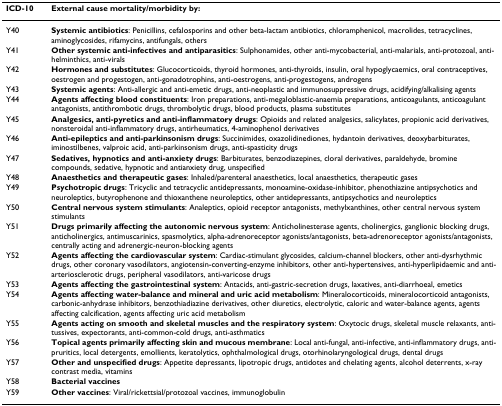
<table><thead><tr><td><b>ICD-10</b></td><td><b>External cause mortality/morbidity by:</b></td></tr></thead><tbody><tr><td>Y40</td><td><b>Systemic antibiotics</b>: Penicillins, cefalosporins and other beta-lactam antibiotics, chloramphenicol, macrolides, tetracyclines, aminoglycosides, rifamycins, antifungals, others</td></tr><tr><td>Y41</td><td><b>Other systemic anti-infectives and antiparasitics</b>: Sulphonamides, other anti-mycobacterial, anti-malarials, anti-protozoal, anti-helminthics, anti-virals</td></tr><tr><td>Y42</td><td><b>Hormones and substitutes</b>: Glucocorticoids, thyroid hormones, anti-thyroids, insulin, oral hypoglycaemics, oral contraceptives, oestrogen and progestogen, anti-gonadotrophins, anti-oestrogens, anti-progestogens, androgens</td></tr><tr><td>Y43</td><td><b>Systemic agents</b>: Anti-allergic and anti-emetic drugs, anti-neoplastic and immunosuppressive drugs, acidifying/alkalising agents</td></tr><tr><td>Y44</td><td><b>Agents affecting blood constituents</b>: Iron preparations, anti-megaloblastic-anaemia preparations, anticoagulants, anticoagulant antagonists, antithrombotic drugs, thrombolytic drugs, blood products, plasma substitutes</td></tr><tr><td>Y45</td><td><b>Analgesics, anti-pyretics and anti-inflammatory drugs</b>: Opioids and related analgesics, salicylates, propionic acid derivatives, nonsteroidal anti-inflammatory drugs, antirheumatics, 4-aminophenol derivatives</td></tr><tr><td>Y46</td><td><b>Anti-epileptics and anti-parkinsonism drugs</b>: Succinimides, oxazolidinediones, hydantoin derivatives, deoxybarbiturates, iminostilbenes, valproic acid, anti-parkinsonism drugs, anti-spasticity drugs</td></tr><tr><td>Y47</td><td><b>Sedatives, hypnotics and anti-anxiety drugs</b>: Barbiturates, benzodiazepines, cloral derivatives, paraldehyde, bromine compounds, sedative, hypnotic and antianxiety drug, unspecified</td></tr><tr><td>Y48</td><td><b>Anaesthetics and therapeutic gases</b>: Inhaled/parenteral anaesthetics, local anaesthetics, therapeutic gases</td></tr><tr><td>Y49</td><td><b>Psychotropic drugs</b>: Tricyclic and tetracyclic antidepressants, monoamine-oxidase-inhibitor, phenothiazine antipsychotics and neuroleptics, butyrophenone and thioxanthene neuroleptics, other antidepressants, antipsychotics and neuroleptics</td></tr><tr><td>Y50</td><td><b>Central nervous system stimulants</b>: Analeptics, opioid receptor antagonists, methylxanthines, other central nervous system stimulants</td></tr><tr><td>Y51</td><td><b>Drugs primarily affecting the autonomic nervous system</b>: Anticholinesterase agents, cholinergics, ganglionic blocking drugs, anticholinergics, antimuscarinics, spasmolytics, alpha-adrenoreceptor agonists/antagonists, beta-adrenoreceptor agonists/antagonists, centrally acting and adrenergic-neuron-blocking agents</td></tr><tr><td>Y52</td><td><b>Agents affecting the cardiovascular system</b>: Cardiac-stimulant glycosides, calcium-channel blockers, other anti-dysrhythmic drugs, other coronary vasodilators, angiotensin-converting-enzyme inhibitors, other anti-hypertensives, anti-hyperlipidaemic and anti-arteriosclerotic drugs, peripheral vasodilators, anti-varicose drugs</td></tr><tr><td>Y53</td><td><b>Agents affecting the gastrointestinal system</b>: Antacids, anti-gastric-secretion drugs, laxatives, anti-diarrhoeal, emetics</td></tr><tr><td>Y54</td><td><b>Agents affecting water-balance and mineral and uric acid metabolism</b>: Mineralocorticoids, mineralocorticoid antagonists, carbonic-anhydrase inhibitors, benzothiadiazine derivatives, other diuretics, electrolytic, caloric and water-balance agents, agents affecting calcification, agents affecting uric acid metabolism</td></tr><tr><td>Y55</td><td><b>Agents acting on smooth and skeletal muscles and the respiratory system</b>: Oxytocic drugs, skeletal muscle relaxants, anti-tussives, expectorants, anti-common-cold drugs, anti-asthmatics</td></tr><tr><td>Y56</td><td><b>Topical agents primarily affecting skin and mucous membrane</b>: Local anti-fungal, anti-infective, anti-inflammatory drugs, anti-pruritics, local detergents, emollients, keratolytics, ophthalmological drugs, otorhinolaryngological drugs, dental drugs</td></tr><tr><td>Y57</td><td><b>Other and unspecified drugs</b>: Appetite depressants, lipotropic drugs, antidotes and chelating agents, alcohol deterrents, x-ray contrast media, vitamins</td></tr><tr><td>Y58</td><td><b>Bacterial vaccines</b></td></tr><tr><td>Y59</td><td><b>Other vaccines</b>: Viral/rickettsial/protozoal vaccines, immunoglobulin</td></tr></tbody></table>